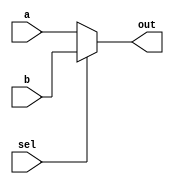

module MUX2(a, b, sel, out);

parameter size = 8;

input[size-1:0] a, b;
input sel;
output[size-1:0] out;

assign out = (!sel) ? a:
					  (sel) ? b:
					  {size{1'bx}};

endmodule